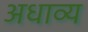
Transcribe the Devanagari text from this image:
अधाव्य